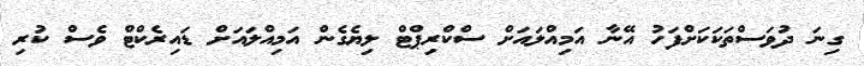
ގިނަ ދުވަސްތަކަކަށްފަހު އޭނާ އަމިއްލައަށް ސްކްރިޕްޓް ލިޔެގެން އަމިއްލައަށް ޑައިރެކްޓް ވެސް ކުރި